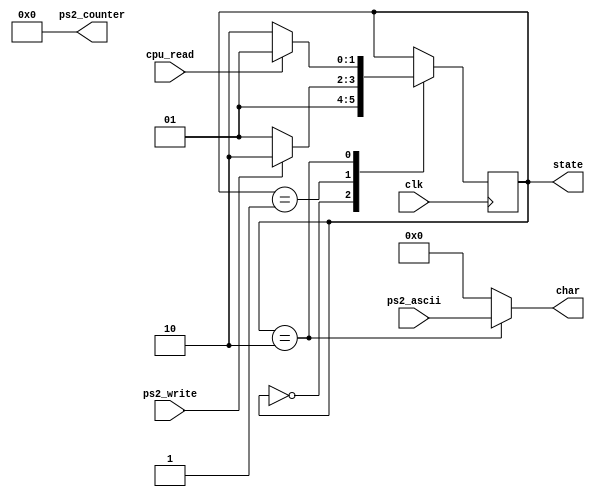
`timescale 1ns / 1ps
//////////////////////////////////////////////////////////////////////////////////
// Company: 
// Engineer: 
// 
// Design Name: 
// Module Name:    ps2_buf 
// Project Name: 
// Target Devices: 
// Tool versions: 
// Description: 
// Dependencies: 
//
// Revision: 
// Revision 0.01 - File Created
// Additional Comments: 
//
//////////////////////////////////////////////////////////////////////////////////
module ps2_buf(
	input wire clk,
	input wire ps2_write,
	input wire [7:0] ps2_ascii,
	input wire cpu_read,
	
	output reg [7:0] char,
	output reg [1:0] state,
	output reg [31:0] ps2_counter
    );

parameter ST_INIT = 2'b00;
parameter ST_FEED = 2'b01;
parameter ST_SPIT = 2'b10;

initial begin
	state = ST_INIT;
	ps2_counter <= 0;
end

//states transformation
	always @(posedge clk) begin
		case (state)
			ST_INIT: begin
				state <= ST_FEED;
			end
			ST_FEED: begin
				if (ps2_write) begin
					state <= ST_SPIT;
				end
				else begin
					state <= ST_FEED;
				end
			end
			ST_SPIT: begin
				if (cpu_read) begin
					state <= ST_FEED;
				end
				else begin
					state <= ST_SPIT;
				end
			end
		endcase
	end
	
	always @* begin
		if (state == ST_SPIT)
			char <= ps2_ascii;
		else
			char <= 0;
	end

endmodule